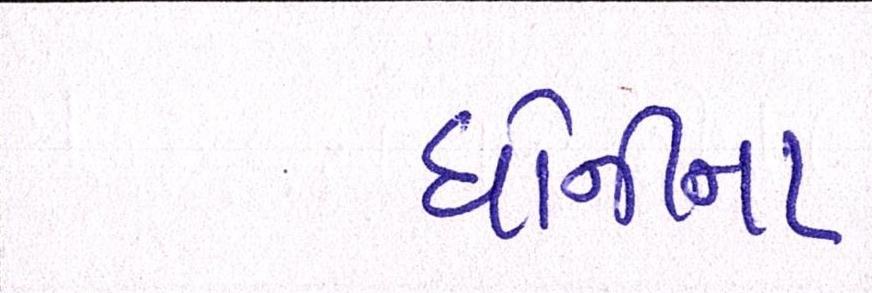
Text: ધોનીના